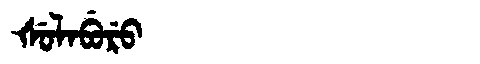
Manchu: ᡧᡠᠯᠠᠪᡠᡵᡠ
Romanization: ŠULABURU